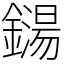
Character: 鐋